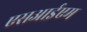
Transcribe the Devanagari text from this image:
एसआईएम